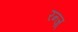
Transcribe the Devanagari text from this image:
रन्ज़्